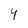
Character: Y